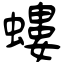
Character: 螻